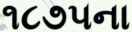
૧૮૭૫ના